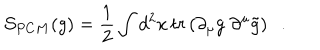
{ \cal S } _ { P C M } ( g ) = { \frac { 1 } { 2 } } \int d ^ { 2 } x \, t r \left( \partial _ { \mu } g \; \partial ^ { \mu } \tilde { g } \right) \; \; .